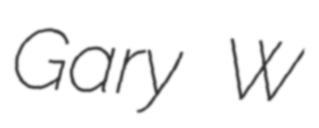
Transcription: Gary W